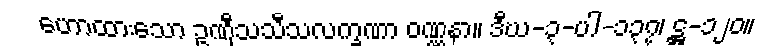
ဟောထားသော ဥဏှီသသီသလက္ခဏာ ဝဏ္ဏနာ။ ဒီဃ-၃-ပါ-၁၃၇၊ ဋ္ဌ-၁၂၀။